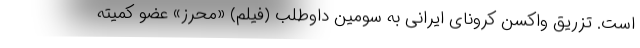
است. تزریق واکسن کرونای ایرانی به سومین داوطلب (فیلم) «محرز» عضو کمیته